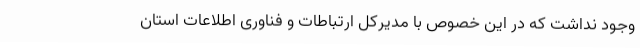
وجود نداشت که در این خصوص با مدیرکل ارتباطات و فناوری اطلاعات استان